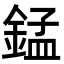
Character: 錳